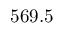
5 6 9 . 5